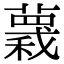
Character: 𧀅